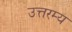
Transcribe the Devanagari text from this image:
उत्तरम्य